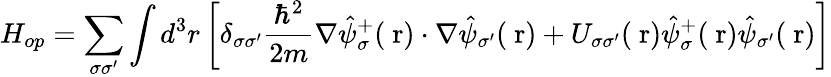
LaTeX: H_{op}=\sum_{\sigma\sigma^{\prime}}\int d^{3}r\left[\delta_{\sigma\sigma^{\prime}}\frac{\hbar^{2}}{2m}\nabla\hat{\psi}_{\sigma}^{+}(\mathrm{\mathbf~r})\cdot\nabla\hat{\psi}_{\sigma^{\prime}}(\mathrm{\mathbf~r})+U_{\sigma\sigma^{\prime}}(\mathrm{\mathbf~r})\hat{\psi}_{\sigma}^{+}(\mathrm{\mathbf~r})\hat{\psi}_{\sigma^{\prime}}(\mathrm{\mathbf~r})\right]